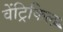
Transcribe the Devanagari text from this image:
वेंट्रिकिल